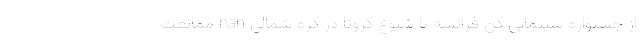
از جشنواره سینمایی کن فرانسه تا شیوع کرونا در کره شمالی nan ممانعت